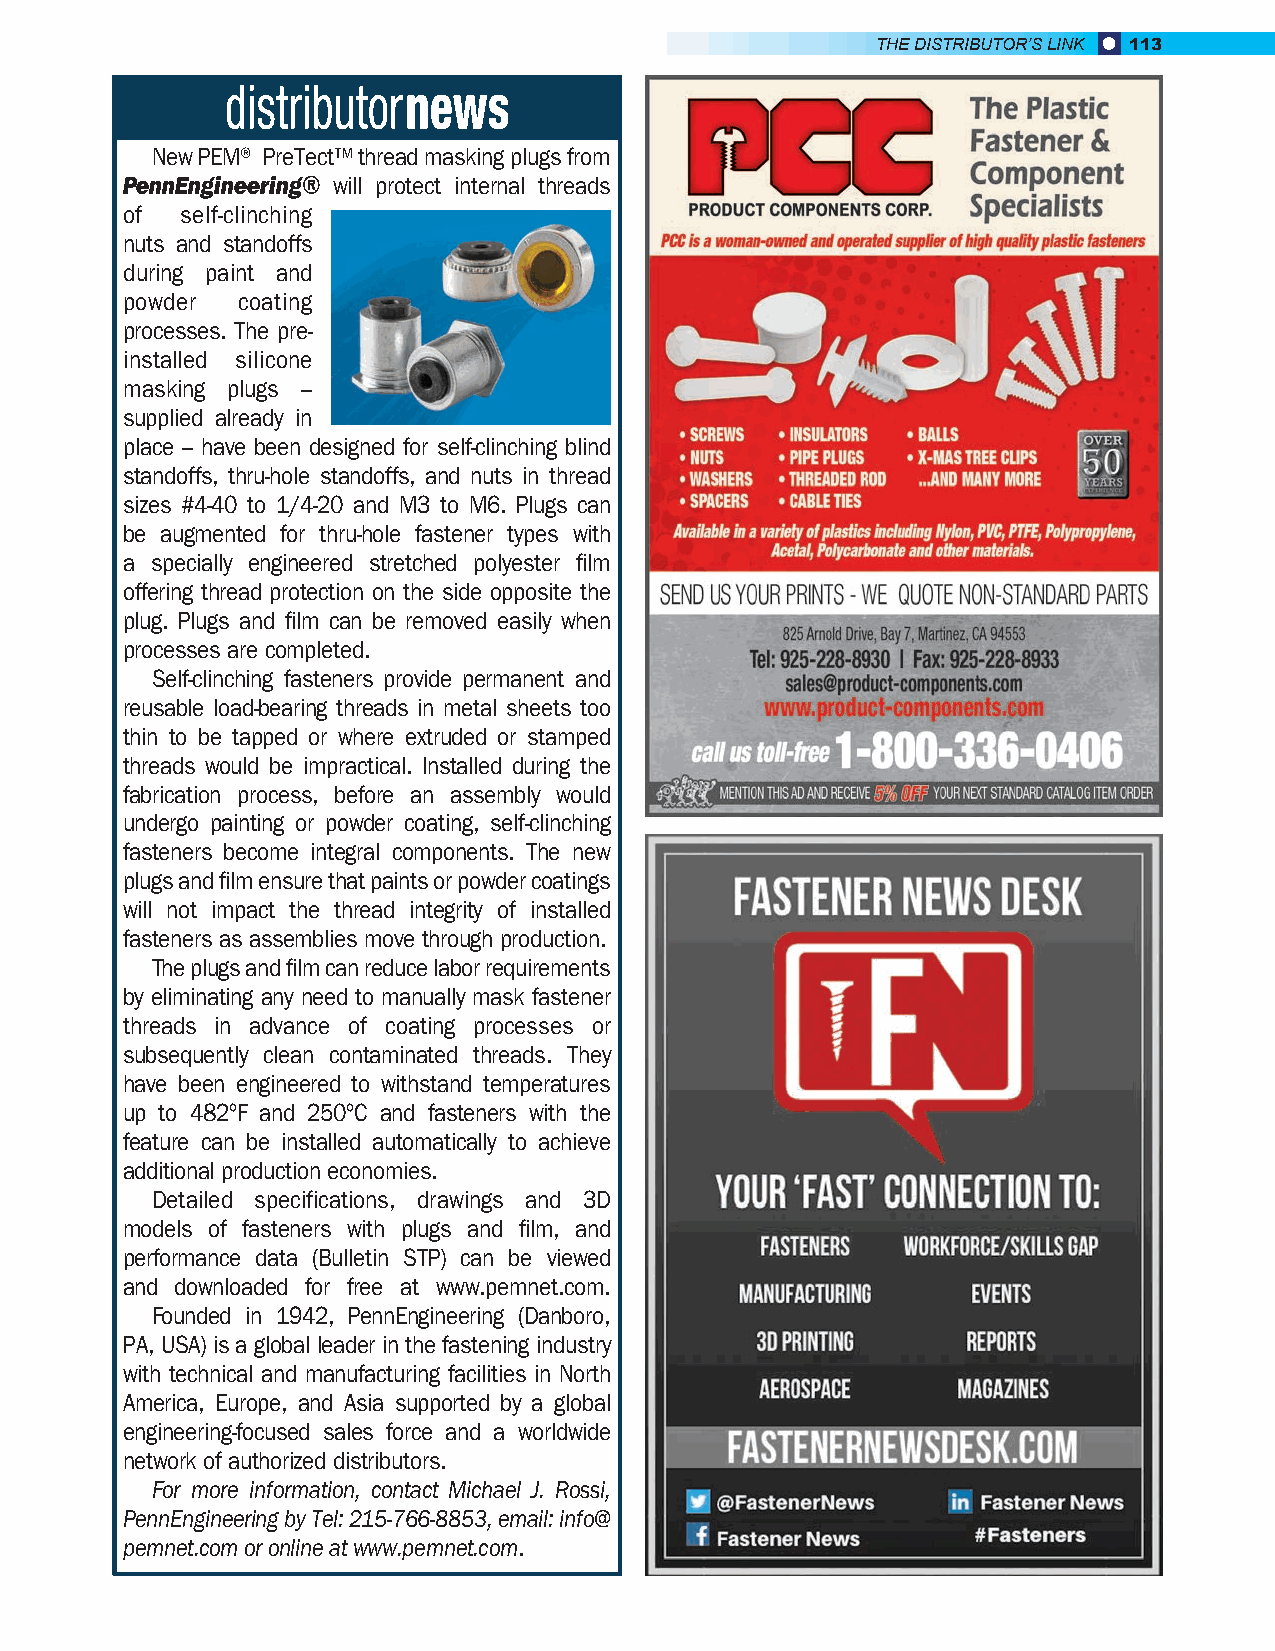
THE DISTRIBUTOR’S LINK 113
 New PEM® PreTect™ thread masking plugs from
 PennEngineering® will protect internal threads
 of  self-clinching
 nuts and standoffs
 during paint and
 powder  coating
 processes. The pre-
 installed silicone
 masking plugs –
 supplied already in
 place – have been designed for self-clinching blind
 standoffs, thru-hole standoffs, and nuts in thread
 sizes #4-40 to 1/4-20 and M3 to M6. Plugs can
 be augmented for thru-hole fastener types with
 a specially engineered stretched polyester film
 offering thread protection on the side opposite the
 plug. Plugs and film can be removed easily when
 processes are completed.
 Self-clinching fasteners provide permanent and
 reusable load-bearing threads in metal sheets too
 thin to be tapped or where extruded or stamped
 threads would be impractical. Installed during the
 fabrication process, before an assembly would
 undergo painting or powder coating, self-clinching
 fasteners become integral components. The new
 plugs and film ensure that paints or powder coatings
 will not impact the thread integrity of installed
 fasteners as assemblies move through production.
 The plugs and film can reduce labor requirements
 by eliminating any need to manually mask fastener
 threads in advance of coating processes or
 subsequently clean contaminated threads. They
 have been engineered to withstand temperatures
 up to 482ºF and 250ºC and fasteners with the
 feature can be installed automatically to achieve
 additional production economies.
 Detailed specifications, drawings and 3D
 models of fasteners with plugs and film, and
 performance data (Bulletin STP) can be viewed
 and downloaded for free at www.pemnet.com.
 Founded in 1942, PennEngineering (Danboro,
 PA, USA) is a global leader in the fastening industry
 with technical and manufacturing facilities in North
 America, Europe, and Asia supported by a global
 engineering-focused sales force and a worldwide
 network of authorized distributors.
 For more information, contact Michael J. Rossi,
 PennEngineering by Tel: 215-766-8853, email: info@
 pemnet.com or online at www.pemnet.com.